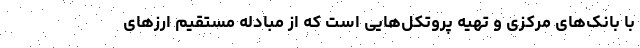
با بانک‌های مرکزی و تهیه پروتکل‌هایی است که از مبادله مستقیم ارزهای